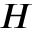
H